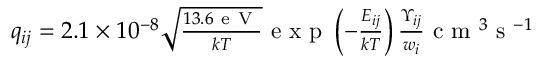
\begin{array} { r } { q _ { i j } = 2 . 1 \times 1 0 ^ { - 8 } \sqrt { \frac { 1 3 . 6 \mathrm { ~ e ~ V ~ } } { k T } } \mathrm { ~ e ~ x ~ p ~ } \left( - \frac { E _ { i j } } { k T } \right) \frac { \Upsilon _ { i j } } { w _ { i } } \mathrm { ~ c ~ m ~ } ^ { 3 } \mathrm { ~ s ~ } ^ { - 1 } } \end{array}